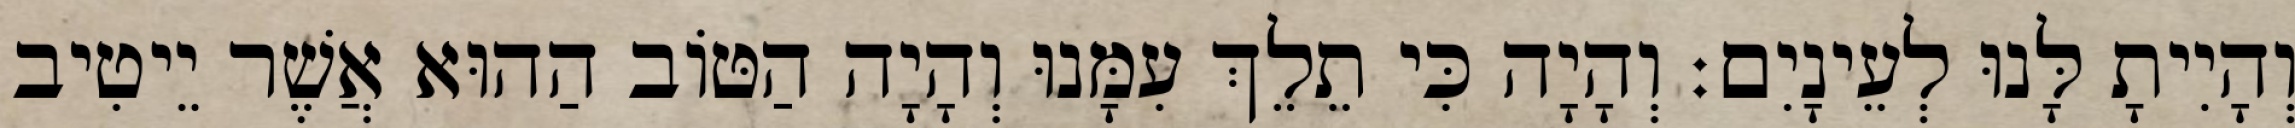
וְהָיִיתָ לָּנוּ לְעֵינָיִם׃ וְהָיָה כִּי תֵלֵךְ עִמָּנוּ וְהָיָה הַטּוֹב הַהוּא אֲשֶׁר יֵיטִיב